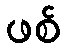
ဖစ်